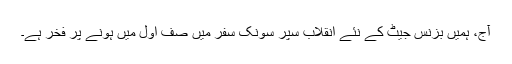
آج، ہمیں بزنس جیٹ کے نئے انقلاب سپر سونک سفر میں صف اول میں ہونے پر فخر ہے۔